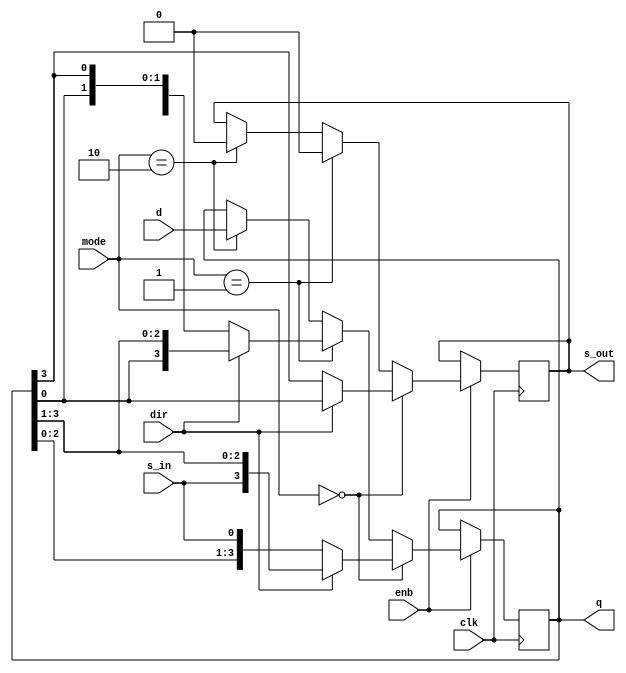
module reg_desp(s_out,clk,enb,dir,s_in,mode,d,q);
input clk,enb,dir,s_in;
input [1:0] mode;
input [3:0] d;
output reg [3:0] q;
output reg s_out;
always @(posedge clk)
  begin
    if(enb==1'b1)
      begin
        if(mode==2'b00)
          begin
            if(dir==1'b0)
              begin
                q<={q[2:0],s_in};
                s_out<=q[3];
              end
            else if(dir==1'b1)
              begin
                q<={s_in,q[3:1]};
                s_out<=q[0];
              end
          end
        else if(mode ==2'b01)
          begin
            if(dir==1'b0)
              begin
                s_out<=0;
                q<={q[2:0],q[3]};
              end
            else if(dir==1'b1)
              begin
                s_out<=0;
                q<={q[0],q[3:1]};
              end
          end
        else if(mode == 2'b10)
          begin
            s_out<=0;
            q<=d;
          end
      end
  end
endmodule